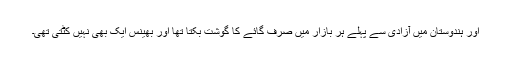
اور ہندوستان میں آزادی سے پہلے ہر بازار میں صرف گائے کا گوشت بکتا تھا اور بھینس ایک بھی نہیں کٹتی تھی۔